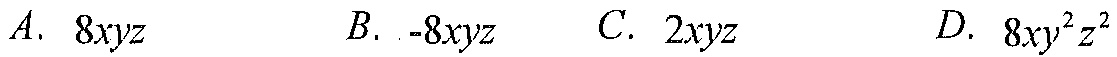
\(A.\ 8xyz\quad B.\ -8xyz\quad C.\ 2xyz\quad D.\ 8xy^{2}z^{2}\)